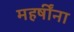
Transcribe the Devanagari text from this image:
महर्षींना